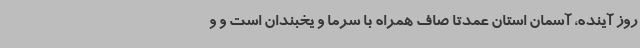
روز آینده، آسمان استان عمدتاً صاف همراه با سرما و یخبندان است و و